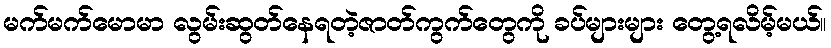
မက်မက်မောမာ လွမ်းဆွတ်နေရတဲ့ဇာတ်ကွက်တွေကို ခပ်များများ တွေ့ရလိမ့်မယ်။